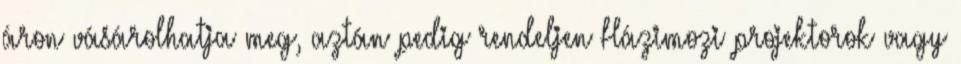
áron vásárolhatja meg, aztán pedig rendeljen Házimozi projektorok vagy